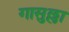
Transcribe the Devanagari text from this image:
गासुल्ला